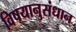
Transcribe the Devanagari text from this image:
विषयानुसंधान